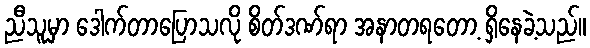
ညီသူမှာ ဒေါက်တာပြောသလို စိတ်ဒဏ်ရာ အနာတရတော့ ရှိနေခဲ့သည်။